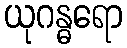
ယုဂန္ဓရော